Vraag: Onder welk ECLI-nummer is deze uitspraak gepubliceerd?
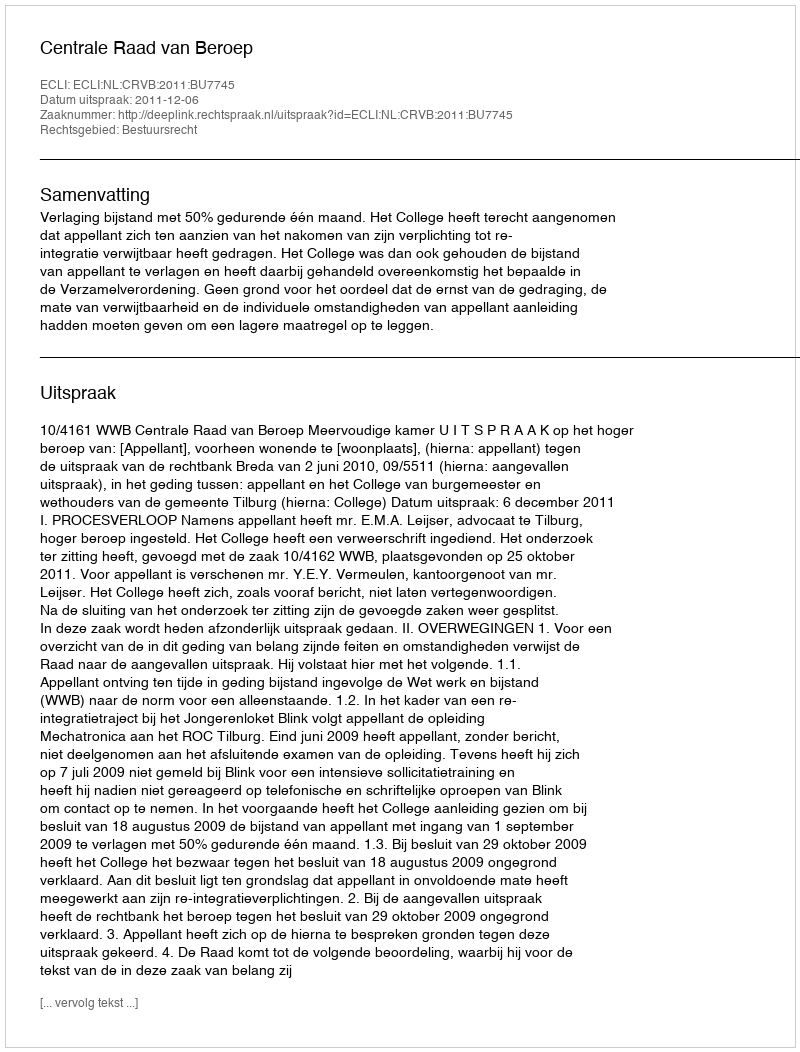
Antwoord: ECLI:NL:CRVB:2011:BU7745